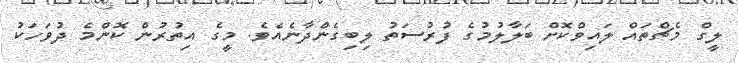
ލީގް މެޗްތައް ލައިވްކޮށް ބަލާލުމުގެ ފުރުސަތު ލިބިގެންދާނެއެވެ. މީގެ އިތުރުން ކޮންމެ ދުވަހަކު